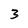
Character: 3